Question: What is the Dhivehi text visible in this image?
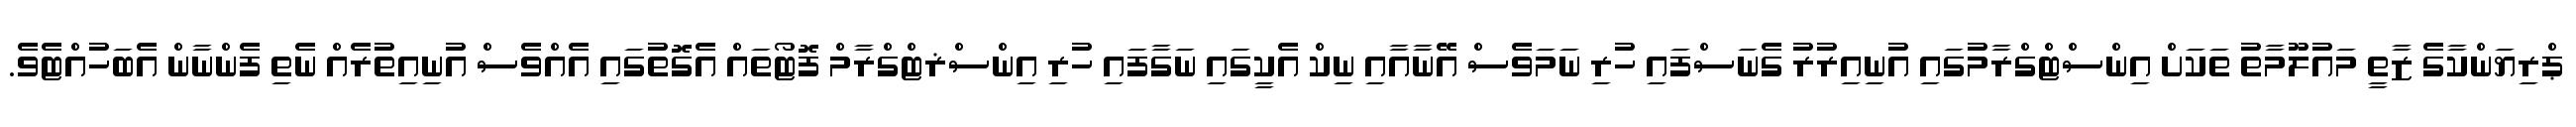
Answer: ޕްރިޔަންކާގެ ޒާތީ މައުލޫމާތު ތަކަށް އިންސްޓްގްރާމުގައި އުނިއިރުރު ގެނަސްފައި ހުރި ނަމަވެސް އޭނާއާއި ނިކް އެކީގައި ނަގާފައި ހުރި އިންސްޜޓްގްރާމް ފޮޓޯތައް އެގޮތުގައި އެއްވެސް އުނިއިތުރެއް ނެތި ފެންނާން އެބަހުއްޓެވެ.